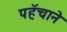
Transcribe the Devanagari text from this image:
पहॅचाने